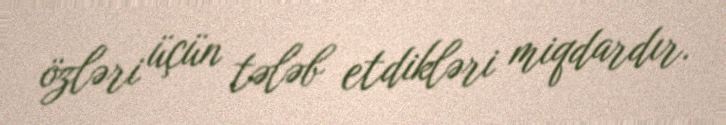
özləri üçün tələb etdikləri miqdardır.